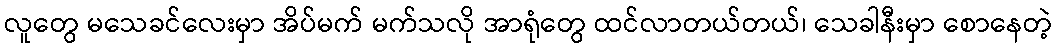
လူတွေ မသေခင်လေးမှာ အိပ်မက် မက်သလို အာရုံတွေ ထင်လာတယ်တယ်၊ သေခါနီးမှာ စောနေတဲ့